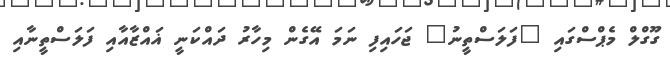
ގޫގްލް މެޕްސްގައި "ފަލަސްތީނު" ޖަހައިފި ނަމަ އޭގެން މިހާރު ދައްކަނީ ޣައްޒާއާއި ފަލަސްތީނާއި